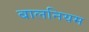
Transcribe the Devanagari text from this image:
बालनियम